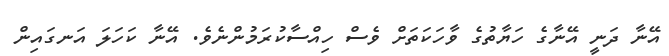
އޭނާ ދަނީ އޭނާގެ ހަޔާތުގެ ވާހަކަތަށް ވެސް ހިއްސާކުރަމުންނެވެ. އޭނާ ކަހަލަ އަނގައިން